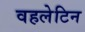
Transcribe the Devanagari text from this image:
वहलेटिन